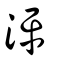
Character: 泙